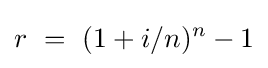
r\ =\ (1+i/n)^{n}-1